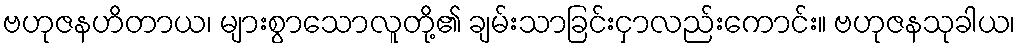
ဗဟုဇနဟိတာယ၊ များစွာသောလူတို့၏ ချမ်းသာခြင်းငှာလည်းကောင်း။ ဗဟုဇနသုခါယ၊